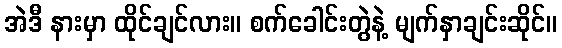
အဲဒီ နားမှာ ထိုင်ချင်လား။ စက်ခေါင်းတွဲနဲ့ မျက်နှာချင်းဆိုင်။